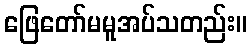
ဖြေတော်မမူအပ်သတည်း။